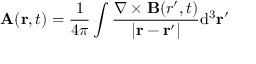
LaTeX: \mathbf { A } ( \mathbf { r } , t ) = { \frac { 1 } { 4 \pi } } \int { \frac { \nabla \times \mathbf { B } ( { r } ^ { \prime } , t ) } { | \mathbf { r } - \mathbf { r } ^ { \prime } | } } \mathrm { d } ^ { 3 } \mathbf { r } ^ { \prime }